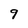
Character: 9